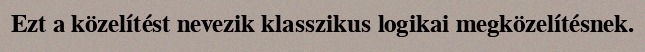
Ezt a közelítést nevezik klasszikus logikai megközelítésnek.